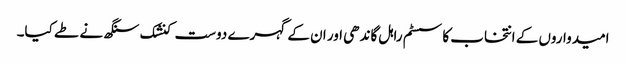
امیدواروں کے انتخاب کا سسٹم راہل گاندھی اور ان کے گہرے دوست کنشک سنگھ نے طے کیا۔